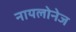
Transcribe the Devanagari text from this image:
नायलोनेज